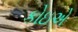
કોઇએ